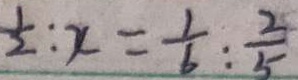
\frac { 1 } { 2 } : x = \frac { 1 } { 6 } : \frac { 2 } { 5 }